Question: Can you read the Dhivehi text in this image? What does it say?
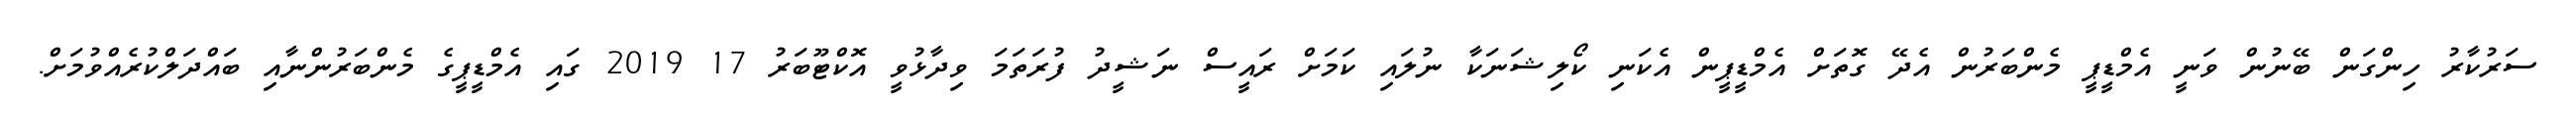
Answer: ސަރުކާރު ހިންގަން ބޭނުން ވަނީ އެމްޑީޕީ މެންބަރުން އެދޭ ގޮތަށް އެމްޑީޕީން އެކަނި ކޯލިޝަނަކާ ނުލައި ކަމަށް ރައީސް ނަޝީދު ފުރަތަމަ ވިދާޅުވީ އޮކްޓޫބަރު 17 2019 ގައި އެމްޑީޕީގެ މެންބަރުންނާއި ބައްދަލްކުރެއްވުމަށް.